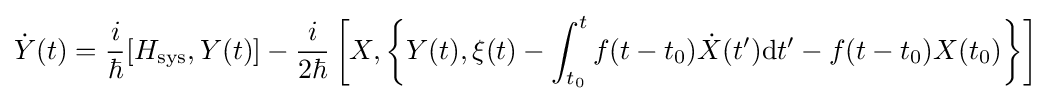
{\dot {Y}}(t)={\frac {i}{\hbar }}[H_{\mathrm {sys} },Y(t)]-{\frac {i}{2\hbar }}\left[X,\left\{Y(t),\xi (t)-\int _{t_{0}}^{t}f(t-t_{0}){\dot {X}}(t^{\prime })\mathrm {d} t^{\prime }-f(t-t_{0})X(t_{0})\right\}\right]